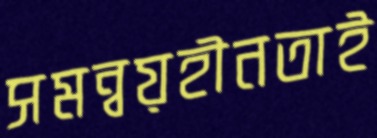
সমন্বয়হীনতাই